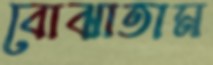
বোঝাতাম